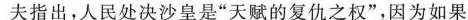
夫指出，人民处决沙皇是”天赋的复仇之权”，因为如果